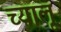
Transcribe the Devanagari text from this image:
च्यालू